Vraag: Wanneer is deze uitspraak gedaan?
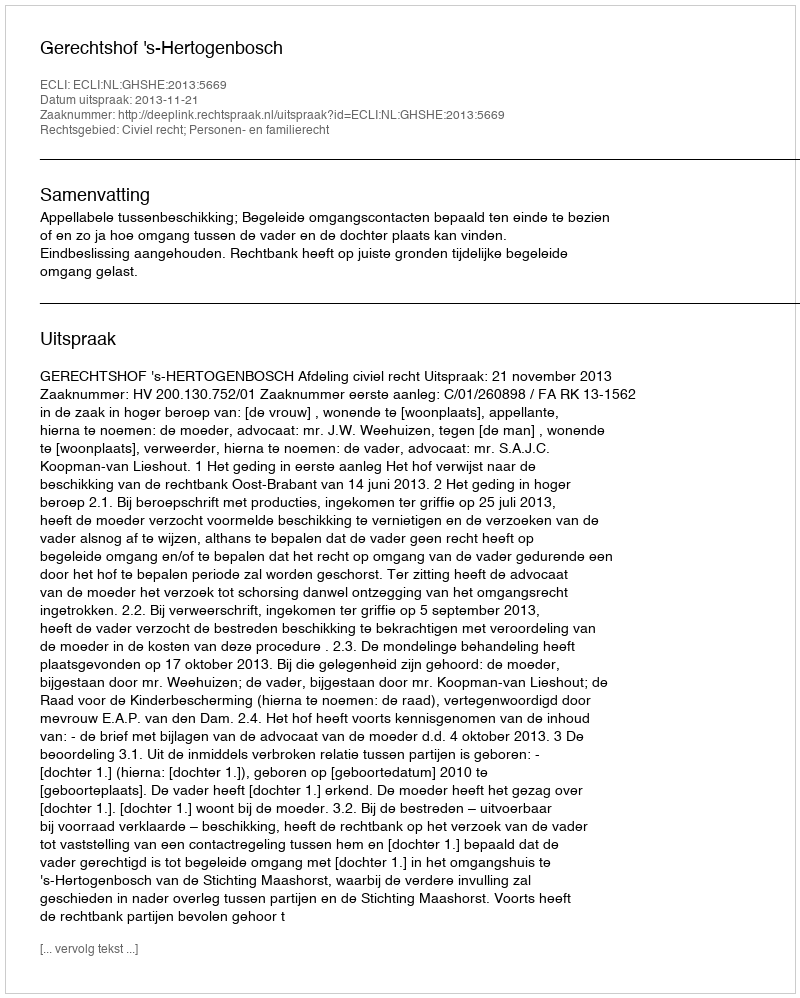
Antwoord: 2013-11-21